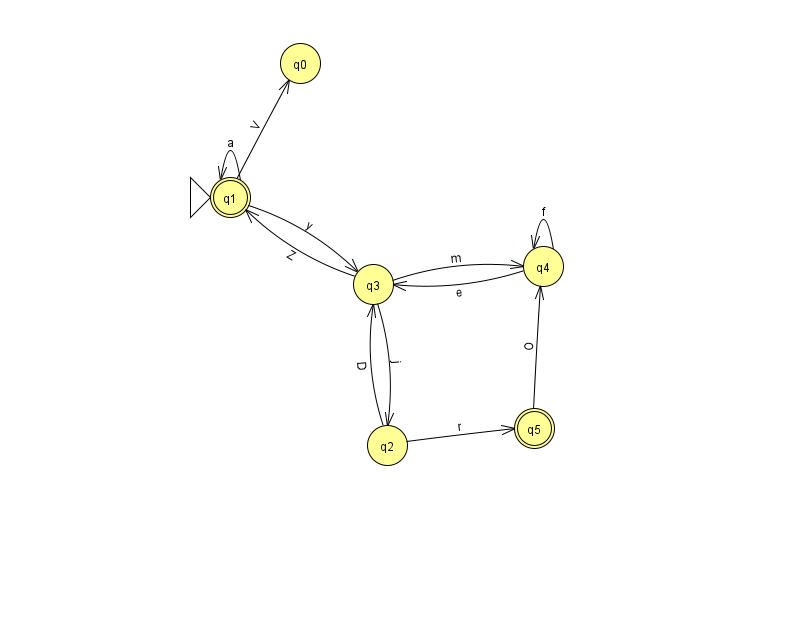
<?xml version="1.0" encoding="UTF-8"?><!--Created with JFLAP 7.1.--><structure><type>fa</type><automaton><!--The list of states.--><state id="0" name="q0"><x>300.0</x><y>50.0</y></state><state id="1" name="q1"><x>230.0</x><y>184.0</y><initial/><final/></state><state id="2" name="q2"><x>387.0</x><y>432.0</y></state><state id="3" name="q3"><x>373.0</x><y>271.0</y></state><state id="4" name="q4"><x>543.0</x><y>253.0</y></state><state id="5" name="q5"><x>534.0</x><y>415.0</y><final/></state><!--The list of transitions.--><transition><from>2</from><to>3</to><read>D</read></transition><transition><from>1</from><to>1</to><read>a</read></transition><transition><from>3</from><to>4</to><read>m</read></transition><transition><from>4</from><to>4</to><read>f</read></transition><transition><from>2</from><to>5</to><read>r</read></transition><transition><from>4</from><to>3</to><read>e</read></transition><transition><from>1</from><to>3</to><read>y</read></transition><transition><from>5</from><to>4</to><read>O</read></transition><transition><from>1</from><to>0</to><read>V</read></transition><transition><from>3</from><to>2</to><read>j</read></transition><transition><from>3</from><to>1</to><read>Z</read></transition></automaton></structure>